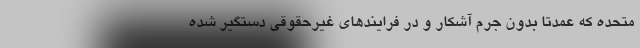
متحده که عمدتاً بدون جرم آشکار و در فرایندهای غیرحقوقی دستگیر شده